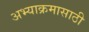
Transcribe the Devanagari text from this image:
अभ्याक्रमासाठी